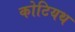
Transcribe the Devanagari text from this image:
कोटियथ